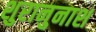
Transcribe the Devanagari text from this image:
शुरानुनाश